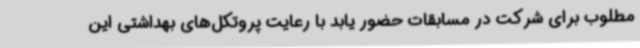
مطلوب برای شرکت در مسابقات حضور یابد با رعایت پروتکل‌های بهداشتی این